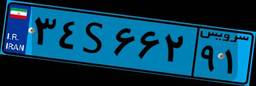
۴۷S۰۴۹۷۲